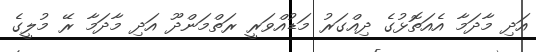
އަދި މާދަމާ އެއަތޮޅުގެ ދިއްގަރު މަޑުއްވަރީ ރަތްމަންދޫ އަދި މާދަމާ ރޭ މުލީގެ